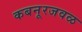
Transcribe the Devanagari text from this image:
कबनूरजवळ